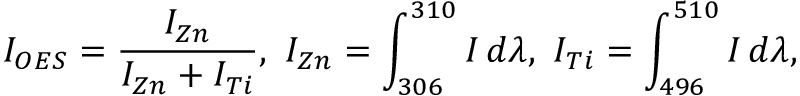
I _ { O E S } = \frac { I _ { Z n } } { I _ { Z n } + I _ { T i } } , \ I _ { Z n } = \int _ { 3 0 6 } ^ { 3 1 0 } I \, d \lambda , \ I _ { T i } = \int _ { 4 9 6 } ^ { 5 1 0 } I \, d \lambda ,